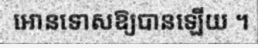
អោនទោសឱ្យបានឡើយ ។